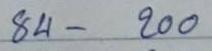
84 - 200